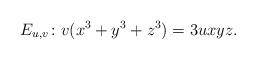
LaTeX: \begin{align*}E_{u,v}\colon v(x^3 + y^3 + z^3) = 3uxyz.\end{align*}